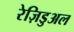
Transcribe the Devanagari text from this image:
रेज़िडुअल